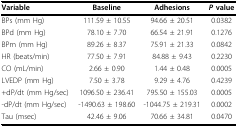
| Variable | Baseline | Adhesions | P value |
 | --- | --- | --- | --- |
 | BPs (mm Hg) | 111.59 ± 10.55 | 94.66 ± 20.51 | 0.0382 |
 | BPd (mm Hg) | 78.10 ± 7.70 | 66.54 ± 21.91 | 0.1276 |
 | BPm (mm Hg) | 89.26 ± 8.37 | 75.91 ± 21.33 | 0.0842 |
 | HR (beats/min) | 77.50 ± 7.91 | 84.88 ± 9.43 | 0.2230 |
 | CO (mL/min) | 2.66 ± 0.90 | 1.44 ± 0.48 | 0.0005 |
 | LVEDP (mm Hg) | 7.50 ± 3.78 | 9.29 ± 4.76 | 0.4239 |
 | +dP/dt (mm Hg/sec) | 1096.50 ± 236.41 | 795.50 ± 155.03 | 0.0005 |
 | -dP/dt (mm Hg/sec) | -1490.63 ± 198.60 | -1044.75 ± 219.31 | 0.0002 |
 | Tau (msec) | 42.46 ± 9.06 | 70.66 ± 34.81 | 0.0470 |